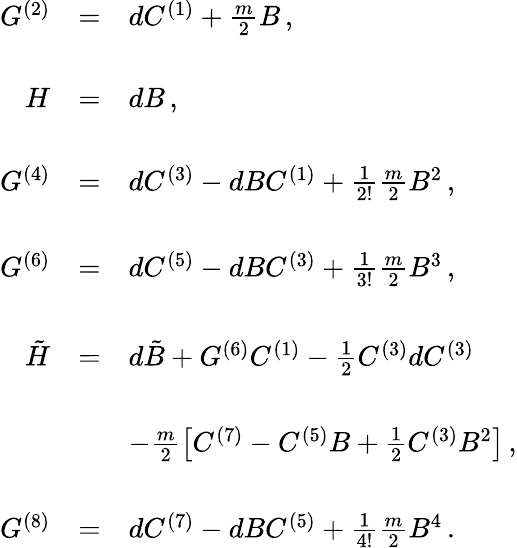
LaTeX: \begin{array}{rcl}{{G^{(2)}}}&{{=}}&{{dC^{(1)}+\frac{m}{2}B\, ,}}\\ {{}}&{{}}&{{}}\\ {{H}}&{{=}}&{{dB\, ,}}\\ {{}}&{{}}&{{}}\\ {{G^{(4)}}}&{{=}}&{{dC^{(3)}-dBC^{(1)}+\frac{1}{2!}\frac{m}{2}B^{2}\, ,}}\\ {{}}&{{}}&{{}}\\ {{G^{(6)}}}&{{=}}&{{dC^{(5)}-dBC^{(3)}+\frac{1}{3!}\frac{m}{2}B^{3}\, ,}}\\ {{}}&{{}}&{{}}\\ {{\tilde{H}}}&{{=}}&{{d\tilde{B}+G^{(6)}C^{(1)}-\frac{1}{2}C^{(3)}dC^{(3)}}}\\ {{}}&{{}}&{{}}\\ {{}}&{{}}&{{-\frac{m}{2}\left[C^{(7)}-C^{(5)}B+\frac{1}{2}C^{(3)}B^{2}\right]\, ,}}\\ {{}}&{{}}&{{}}\\ {{G^{(8)}}}&{{=}}&{{dC^{(7)}-dBC^{(5)}+\frac{1}{4!}\frac{m}{2}B^{4}\, .}}\end{array}